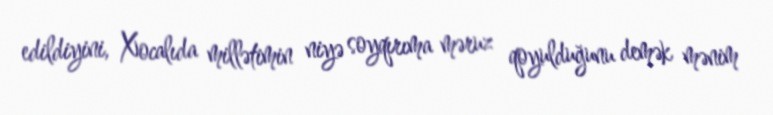
edildiyini, Xocalıda millətimin niyə soyqırıma məruz qoyulduğunu demək mənim